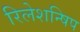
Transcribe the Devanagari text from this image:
रिलेशन्षिप